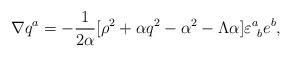
LaTeX: \begin{align*}\nabla q^{a} = -{1 \over 2{\alpha} } [\rho^{2} +\alpha q^{2}- \alpha^{2} - \Lambda \alpha] \varepsilon^{a}_{\ b} e^{b},\end{align*}